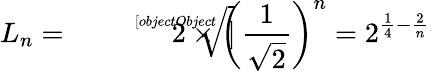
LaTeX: L_{n}={\sqrt[[objectObject]]{2}}\times\left({\frac{1}{\sqrt{2}}}\right)^{n}=2^{{\frac{1}{4}}-{\frac{2}{n}}}